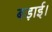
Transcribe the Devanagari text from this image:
बड़ाई।